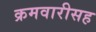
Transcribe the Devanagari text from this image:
क्रमवारीसह